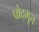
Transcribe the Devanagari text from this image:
प्रोद्भूत